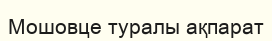
Мошовце туралы ақпарат